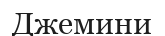
Джемини